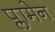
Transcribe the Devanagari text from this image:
प्लामेन